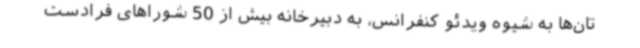
تان‌ها به شیوه ویدئو کنفرانس، به دبیرخانه بیش از 50 شوراهای فرادست